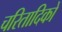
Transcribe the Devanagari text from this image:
चरितादिकों